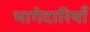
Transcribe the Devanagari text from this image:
भागेदारियाँ